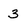
Character: 3